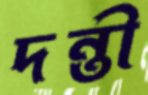
দন্তী